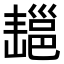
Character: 𢀄